Vaccination United Provinces of Agra and Oudh 1914-1922 - 1914-1922
Year: 1914
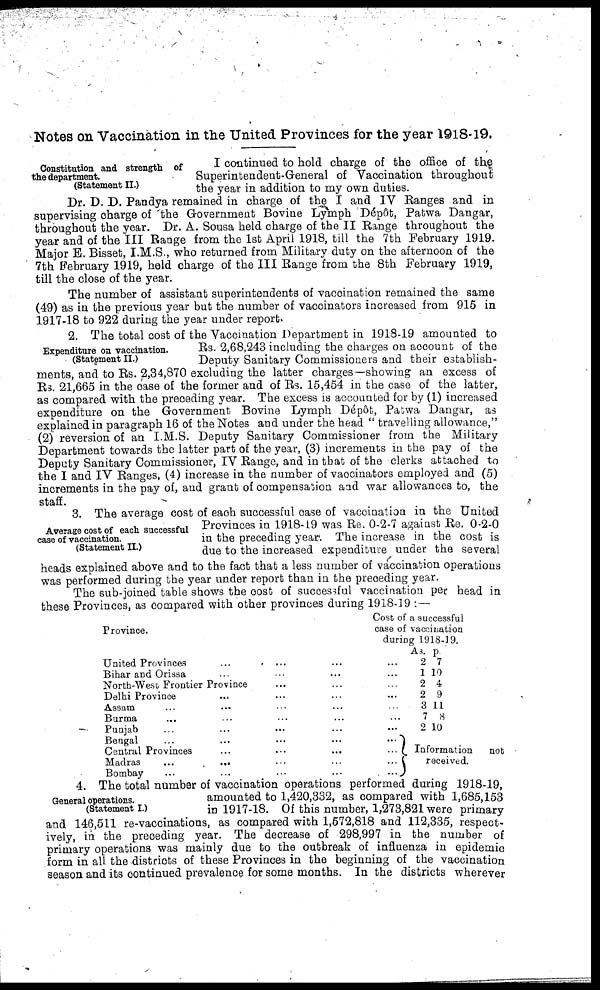
Notes on Vaccination in the United Provinces for the year 1918-19.
Constitution and strength of
the department.
(Statement II.)
I continued to hold charge of the office of the
Superintendent-General of Vaccination throughout
the year in addition to my own duties.
Dr. D. D. Pandya remained in charge of the I and IV Ranges and in
supervising charge of the Government Bovine Lymph Dépôt, Patwa Dangar,
throughout the year. Dr. A. Sousa held charge of the II Range throughout the
year and of the III Range from the 1st April 1918, till the 7th February 1919.
Major E. Bisset, I.M.S., who returned from Military duty on the afternoon of the
7th February 1919, held charge of the III Range from the 8th February 1919,
till the close of the year.
The number of assistant superintendents of vaccination remained the same
(49) as in the previous year but the number of vaccinators increased from 915 in
1917-18 to 922 during the year under report.
Expenditure on vaccination.
(Statement II.)
2. The total cost of the Vaccination Department in 1918-19 amounted to
Rs. 2,68,243 including the charges on account of the
Deputy Sanitary Commissioners and their establish-
ments, and to Rs. 2,34,870 excluding the latter charges—showing an excess of
Rs. 21,665 in the case of the former and of Rs. 15,454 in the case of the latter,
as compared with the preceding year. The excess is accounted for by (1) increased
expenditure on the Government Bovine Lymph Dépôt, Patwa Dangar, as
explained in paragraph 16 of the Notes and under the head " travelling allowance,"
(2) reversion of an I.M.S. Deputy Sanitary Commissioner from the Military
Department towards the latter part of the year, (3) increments in the pay of the
Deputy Sanitary Commissioner, IV Range, and in that of the clerks attached to
the I and IV Ranges, (4) increase in the number of vaccinators employed and (5)
increments in the pay of, and grant of compensation and war allowances to, the
staff.
Average cost of each successful
case of vaccination.
(Statement II.)
3. The average cost of each successful case of vaccination in the United
Provinces in 1918-19 was Re. 0-2-7 against Re. 0-2-0
in the preceding year. The increase in the cost is
due to the increased expenditure under the several
heads explained above and to the fact that a less number of vaccination operations
was performed during the year under report than in the preceding year.
The sub-joined table shows the cost of successful vaccination per head in
these Provinces, as compared with other provinces during 1918-19 :—
Province.
United Provinces ... ... ... ...
Bihar and Orissa ... ... ... ...
North-West Frontier Province ... ... ...
Delhi Province ... ... ... ...
Assam ... ... ... ... ... ...
Burma ... ... ... ... ... ...
Punjab ... ... ... ... ... ...
Bengal ... ... ... ... ... ...
Central Provinces ... ... ... ...
Madras ... ... ... ... ...
Bombay ... ... ... ... ...
Cost of a successful
case of vaccination
during 1918-19.
As.
2
1
2
2
3
7
2
p.
7
10
4
9
11
8
10
Information
not
received.
General operations.
(Statement I.)
4. The total number of vaccination operations performed during 1918-19,
amounted to 1,420,332, as compared with 1,685,153
in 1917-18. Of this number, 1,273,821 were primary
and 146,511 re-vaccinations, as compared with 1,572,818 and 112,335, respect-
ively, in the preceding year. The decrease of 298,997 in the number of
primary operations was mainly due to the outbreak of influenza in epidemic
form in all the districts of these Provinces in the beginning of the vaccination
season and its continued prevalence for some months. In the districts wherever